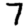
Digit: 7